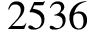
2 5 3 6